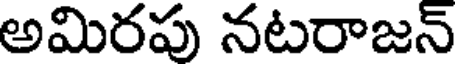
అమిరపు నటరాజన్